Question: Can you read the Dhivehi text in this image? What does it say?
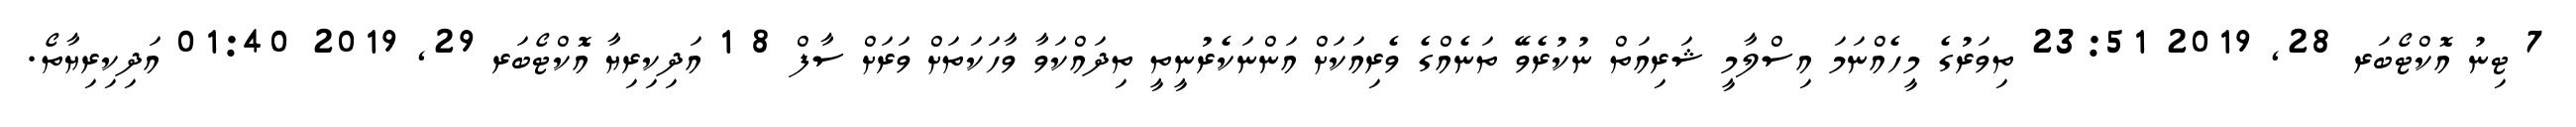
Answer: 7 ޓިނު އޮކްޓޯބަރ 28, 2019 23:51 ތިވަރުގެ މީހެއްނަމަ އިސްލާމީ ޝަރިއަތް ނުކުރެވޭ ތަނެއްގެ ވެރިއަކަށް އަންނަކެރުނީތީ ތިދައްކަވާ ވާހަކަތަށް ވަރަށް ސާފް 8 1 އަދިކިރިޔާ އޮކްޓޯބަރ 29, 2019 01:40 އަދިކިރިޔާތޯ.